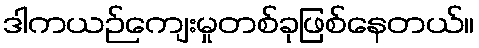
ဒါကယဉ်ကျေးမှုတစ်ခုဖြစ်နေတယ်။